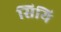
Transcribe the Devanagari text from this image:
सियि